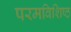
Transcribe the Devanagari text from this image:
परमविशिष्ठ